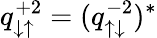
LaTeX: q_{\downarrow\uparrow}^{+2}=(q_{\uparrow\downarrow}^{-2})^{*}